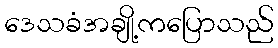
ဒေသခံအချို့ကပြောသည်